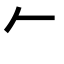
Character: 𠂉